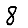
Digit: 8